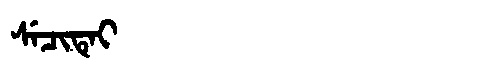
Manchu: ᠰᡝᠴᡳᡨᡝᡳ
Romanization: SECITEI